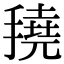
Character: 𢴽